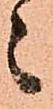
々